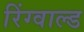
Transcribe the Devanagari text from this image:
रिंग्वाल्ड